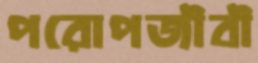
পরোপজীবী